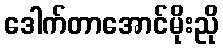
ဒေါက်တာအောင်မိုးညို